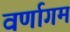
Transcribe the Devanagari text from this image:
वर्णागम